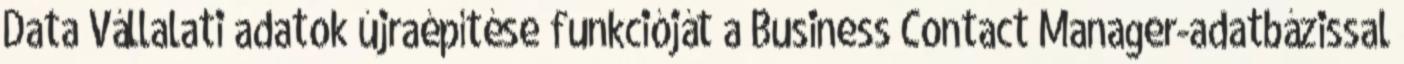
Data Vállalati adatok újraépítése funkcióját a Business Contact Manager-adatbázissal